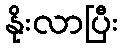
နိုးလာပြီး